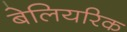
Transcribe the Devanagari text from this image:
बेलियरिक